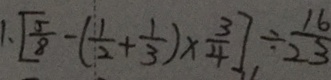
1 , [ \frac { 5 } { 8 } - ( \frac { 1 } { 2 } + \frac { 1 } { 3 } ) \times \frac { 3 } { 4 } ] \div \frac { 1 6 } { 2 3 }